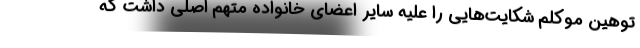
توهین موکلم شکایت‌هایی را علیه سایر اعضای خانواده متهم اصلی داشت که